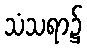
သံသရာ၌